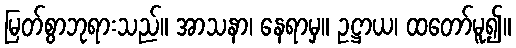
မြတ်စွာဘုရားသည်။ အာသနာ၊ နေရာမှ။ ဥဋ္ဌာယ၊ ထတော်မူ၍။